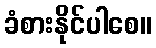
ခံစားနိုင်ပါစေ။